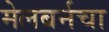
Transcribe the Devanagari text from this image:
मेलबर्नचा